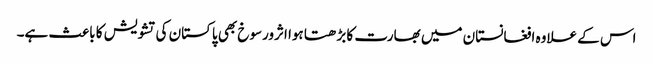
اس کے علاوہ افغانستان میں بھارت کا بڑھتا ہوا اثرورسوخ بھی پاکستان کی تشویش کا باعث ہے۔